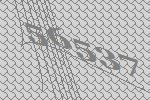
56537